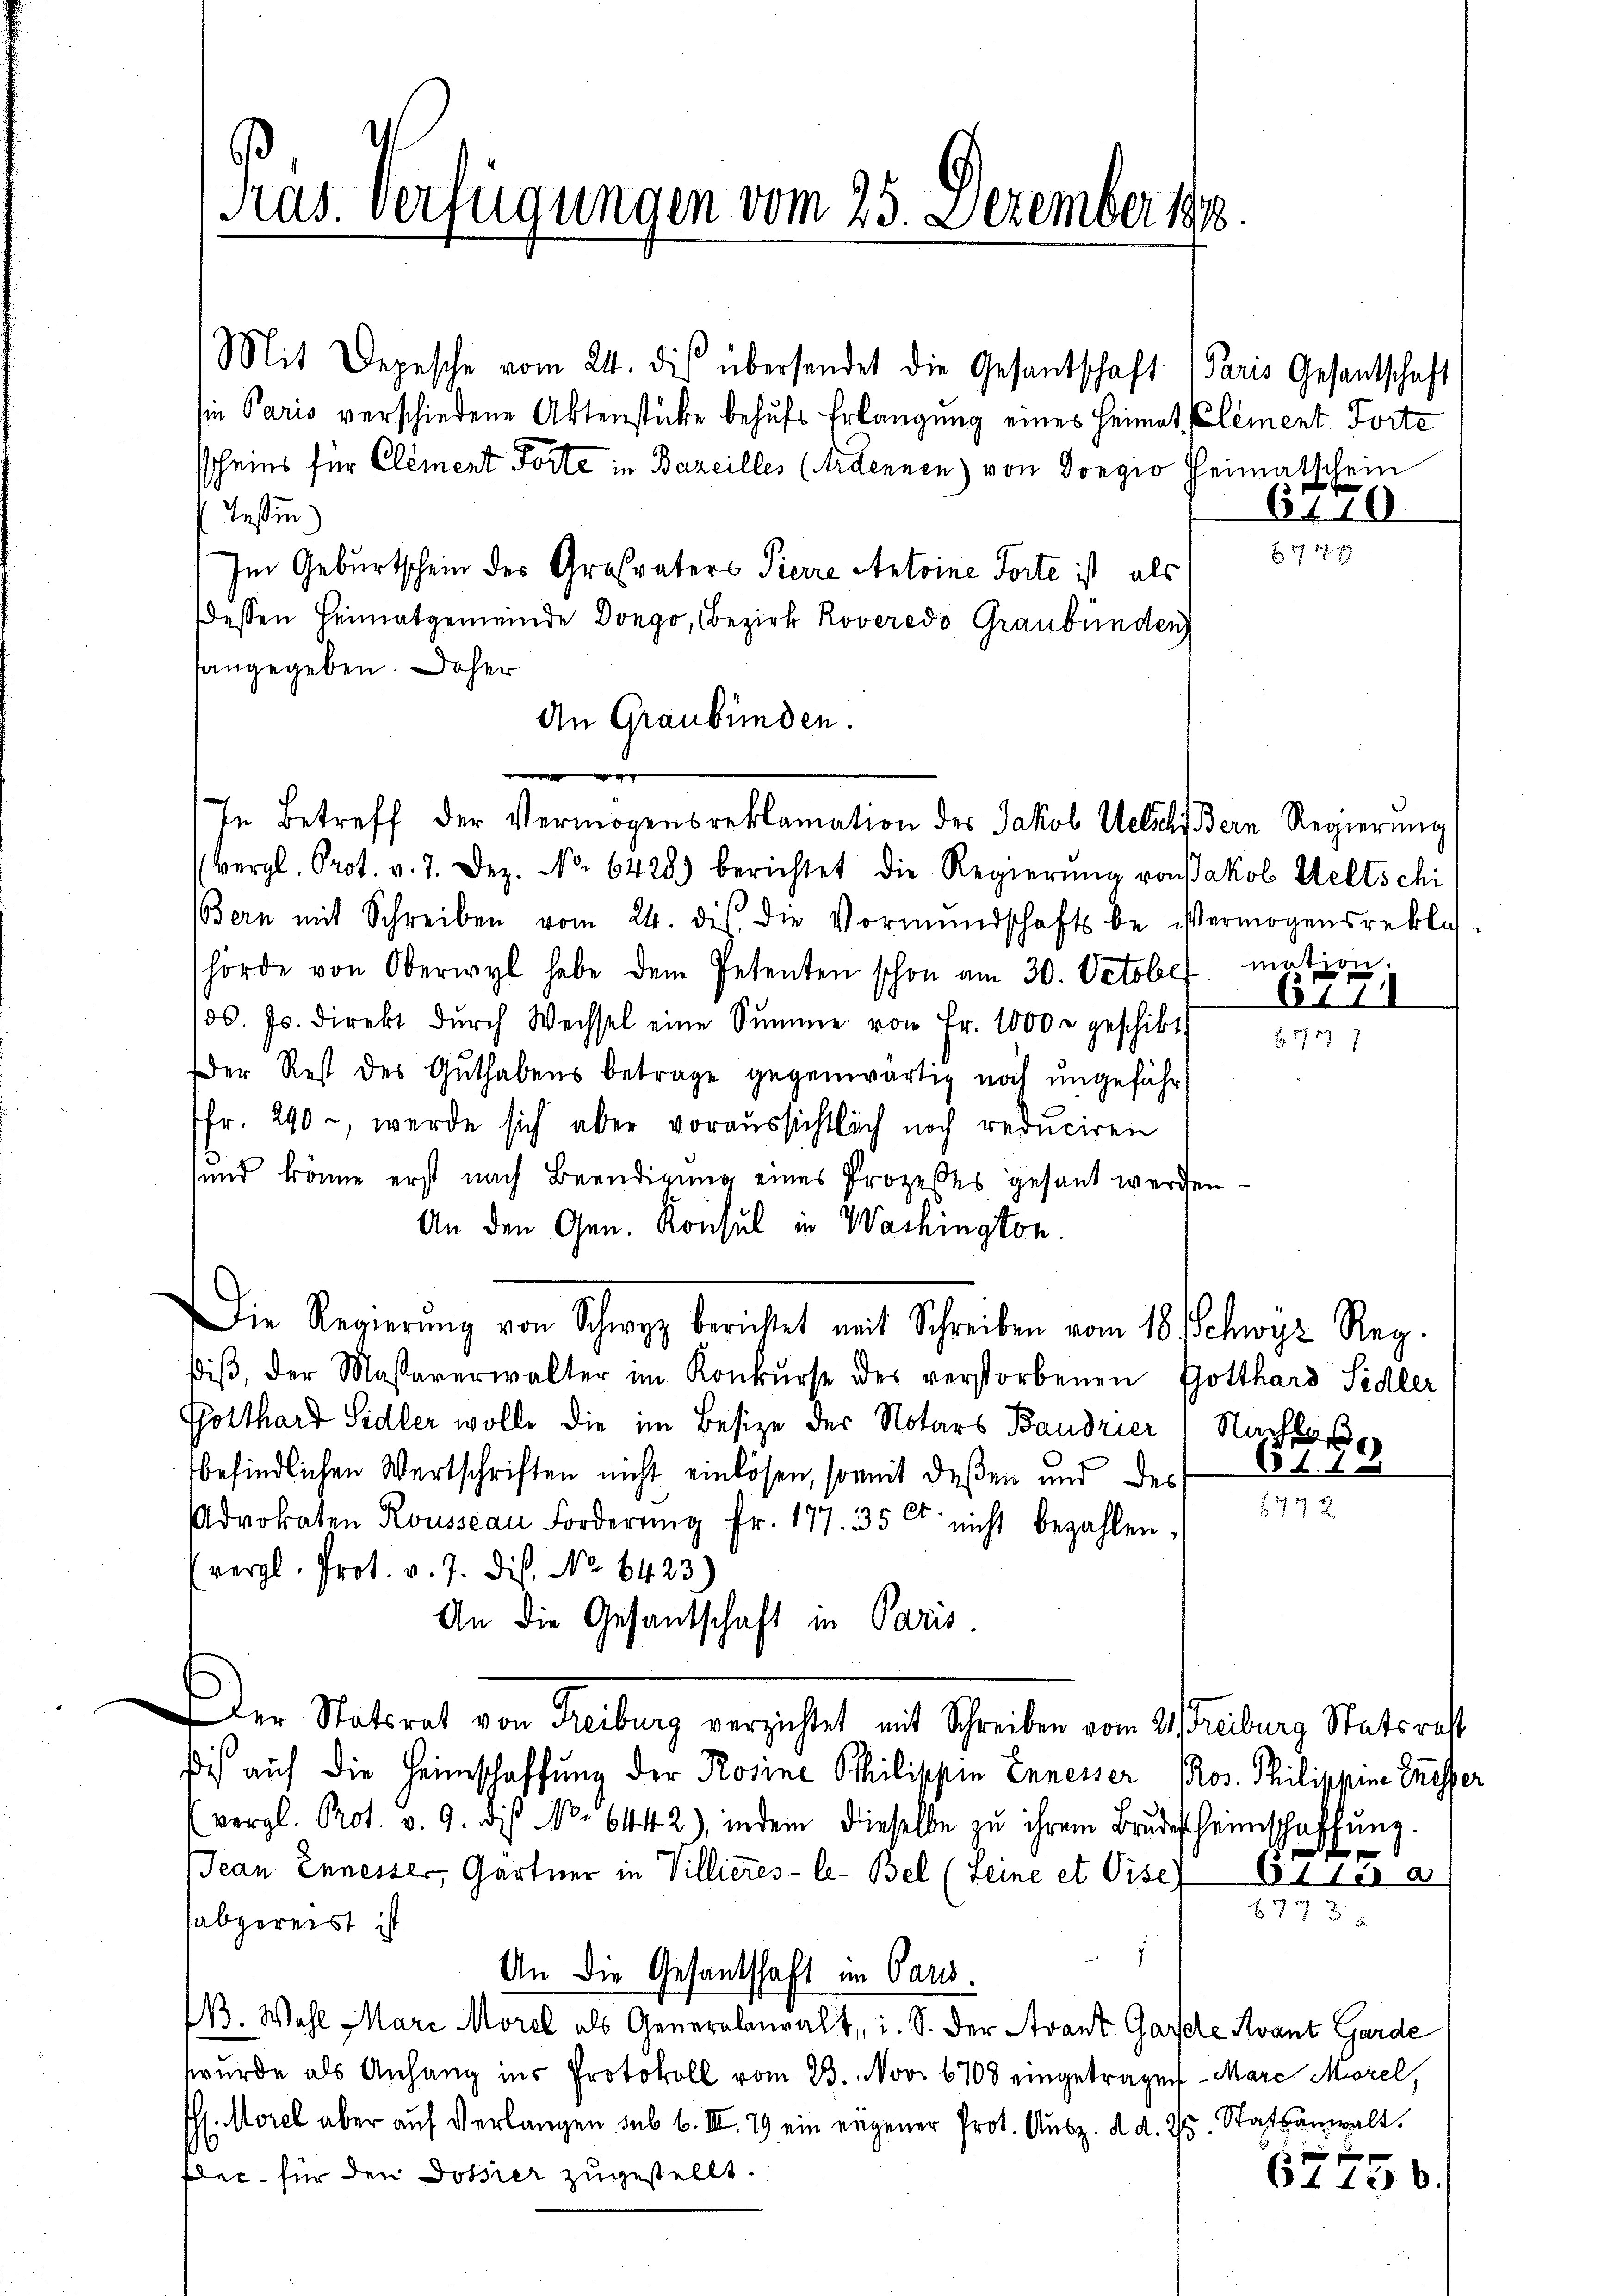
Präs. Verfügungen vom 25. Dezember 189.

Mit Depesche vom 24. die übersendet die Gesantschaft
ie Paris verschiedene Aktenstücke behufs Erlangung eines Heimat, Element Torte
scheins für Clement Forte in Bazeilles (Ardennen) von Gonio Heimatschein
 Tessin.)
Im Geburtschein des Großvaters Pierre Antoine Torte ist, als
Dessen Heimatgemeinde Dongo, Bezirk Roveredo, Graubünden
hangegeben. Daher
An Graubünden.
g
Vergl. Prot. v. 7. Dez. No. 6428) berichtet die Regierŭng von Jakob Weltschi
Bern mit Schreiben vom 24. ds. die Vormŭndschafts beistermögensrekla-
hörde von Oberwyl habe dem Petenten schon am 30. October mation.
/30. Js. direkt dŭrch Wechsel eine Summe von Fr. 1000 r geschikt.
Der Rest des Guthabens betrage gegenwärtig noch ungeführ
fr. 290, werde sich aber voraussichtlich noch reduciren
und könne erst nach Beendigung eines Prozeßes gesant werde
An den Gen. Konsul in Wachington.
ie Regierŭng von Schwyz berichtet mit Schreiben vom 18. Schwyz Reg.
diβ, der Massaverwalter im Konkŭrse des verstorbenen Gotthard Sidler
Gotthard Sidler wolle die im Besize der Notars Baudrier (Nachbar
befindlichen Wertschriften nicht einlösen, somit deßen und des
Advokaten Rousseau Forderŭng fr. 177. 35 Ct. nicht bezahlen,
(vergl. Prot. v. J. dis. No 6423)
An die Gesandschaft in Paris.
Der Statirat von Reiburg verzichtet mit Schreiben vom 2. Treiburg Statsrat
Dich auf die Heimschaffung der Rosine Philischein Ennesser Pros. Philippine Grösser
(vergl. Prot. v. 9. diβ No. 6442), indem dieselbe zu ihrem Brudelheimschaffung.
Jean Ennesser, Gärtner in Villieres-le-Bel (Seine et Vise) Es ses a
abgereist ist
.
An die Gesandschaft im Paris.
B. Wahl Mari Morel als Generalanwalt, i. S. der Avant Garte Avant Garde
wurde als Anhang ins Protokoll vom 23. Nov. 6708 eingetragen - Mare Morel,
l. Morel aber auf Verlangen sub 6. III. 19 ein eigener Prot. Ausz. d. d. 25. Statsanwalt.
der für den Dotier zugestellt.

In Betreff der Vermögensreklamation des Jakob Welsche Bern Regierung

Paris Gesandschaft
6770

6110

61707 7

e

x

20 f

64. 126.